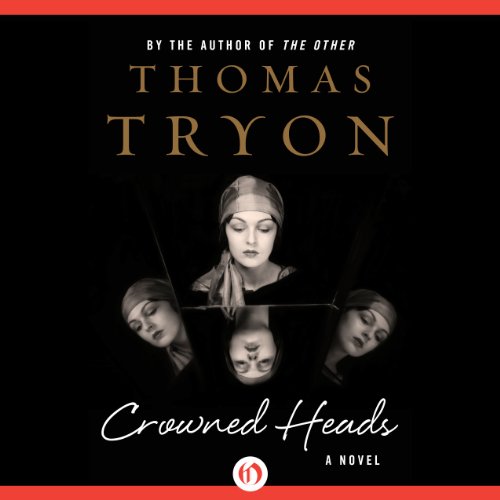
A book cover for Crowned Heads; Thomas Tryon; Literature & Fiction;